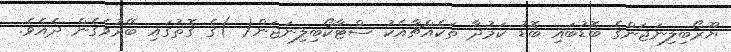
ޔޫރޯބިލިނަޖަންގެ ބޮޑުބައި ބޮޑު ކަމުދާ ތަކެއްޗާއެކު ސްޓާކޯބިލިނަޖަން( )ގެ ގޮތުގައި ބޭރުވެގެން ދެއެވެ.